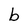
Character: b